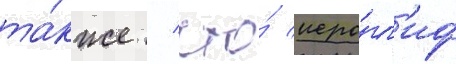
та́кже / что́ иеро́гл'иф